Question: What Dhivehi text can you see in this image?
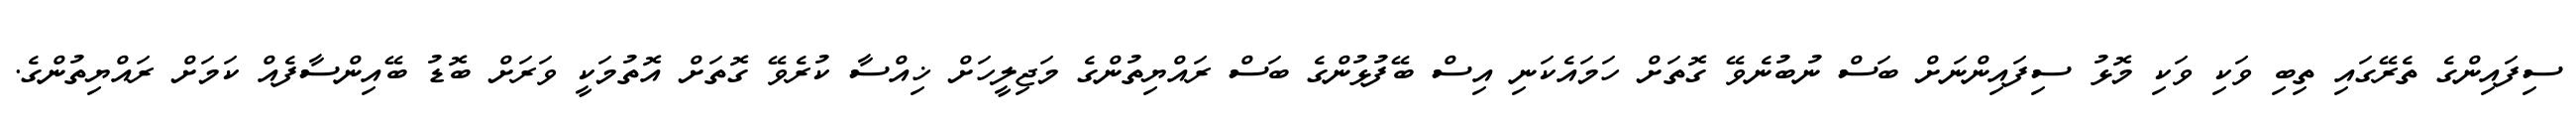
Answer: ސިފައިންގެ ތެރޭގައި ތިބި ވަކި ވަކި މޮޅު ސިފައިންނަށް ބަސް ނުބުނެވޭ ގޮތަށް ހަމައެކަނި އިސް ބޭފުޅުންގެ ބަސް ރައްޔިތުންގެ މަޖިލީހަށް ޚިއްސާ ކުރެވޭ ގޮތަށް އޮތުމަކީ ވަރަށް ބޮޑު ބޭއިންސާފެއް ކަމަށް ރައްޔިތުންގެ.